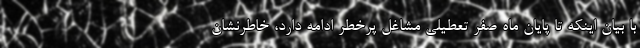
با بیان اینکه تا پایان ماه صفر تعطیلی مشاغل پرخطر ادامه دارد، خاطرنشان